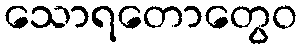
သောရတောတွေဝ